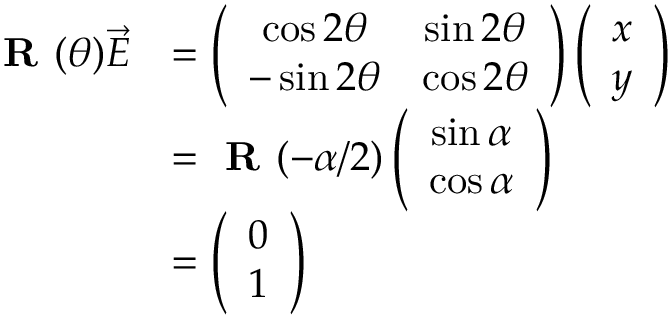
\begin{array} { r l } { \textbf { R } ( \theta ) \vec { E } } & { = \left( \begin{array} { c c } { \cos 2 \theta } & { \sin 2 \theta } \\ { - \sin 2 \theta } & { \cos 2 \theta } \end{array} \right) \left( \begin{array} { c c } { x } \\ { y } \end{array} \right) } \\ & { = \textbf { R } ( - \alpha / 2 ) \left( \begin{array} { c c } { \sin \alpha } \\ { \cos \alpha } \end{array} \right) } \\ & { = \left( \begin{array} { c c } { 0 } \\ { 1 } \end{array} \right) } \end{array}